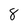
Character: 8